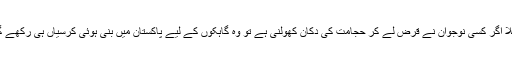
مثلاً اگر کسی نوجوان نے قرض لے کر حجامت کی دکان کھولنی ہے تو وہ گاہکوں کے لیے پاکستان میں بنی ہوئی کرسیاں ہی رکھے گا۔